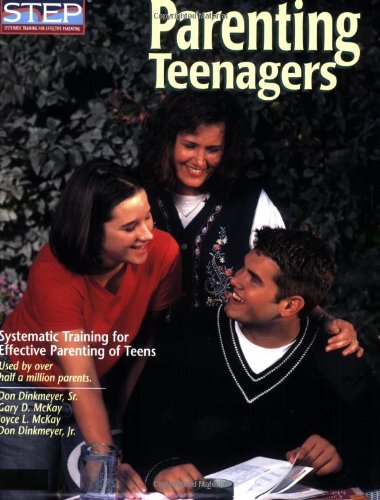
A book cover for Parenting Teenagers: Systematic Training for Effective Parenting of Teens; Don Dinkmeyer Sr. PhD; Parenting & Relationships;